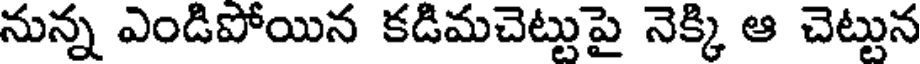
నున్న ఎండిపోయిన కడిమచెట్టుపై నెక్కి ఆ చెట్టున